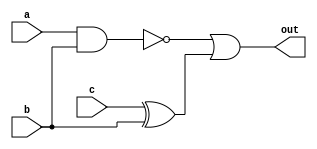
module combinational_logic(
    input wire a, 
    input wire b, 
    input wire c, 
    output reg out
);

assign out = ~(a & b) | (c ^ b);

endmodule